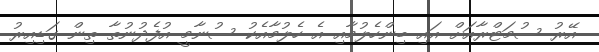
އޭރު ސުމަޓްރާއަށް އައި ބިންހެލުމާއި އެ ހެލުމާއެކު ސުނާމީ އުފެދުނުތާ ތިން ގަޑިއިރު